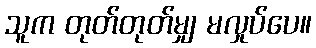
သူက တုတ်တုတ်မျှ မလှုပ်ပေ။